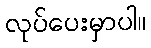
လုပ်ပေးမှာပါ။